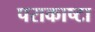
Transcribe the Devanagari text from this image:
पराकाष्टा